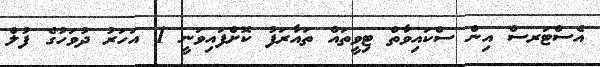
އެސްޓަރސް އިން ސްކައިވާތް ޓިވީތައް ތައާރަފު ކޮށްފައިވަނީ 1 އަހަރު ދުވަހުގެ ފުލް